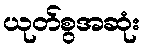
ယုတ်စွအဆုံး